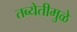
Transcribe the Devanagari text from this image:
तब्येतीमुळे